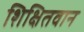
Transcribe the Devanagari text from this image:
शिक्षितवान